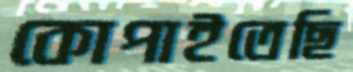
কোপাইতেছি